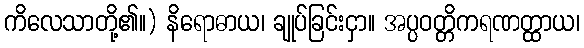
ကိလေသာတို့၏။) နိရောဓာယ၊ ချုပ်ခြင်းငှာ။ အပ္ပဝတ္တိကရဏတ္ထာယ၊